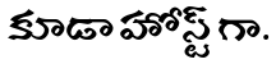
కూడా హోస్ట్ గా.